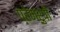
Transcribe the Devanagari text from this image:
प्रेमरुपी